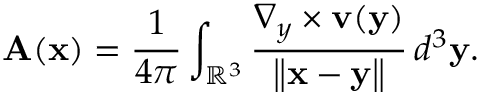
\mathbf { A } ( \mathbf { x } ) = { \frac { 1 } { 4 \pi } } \int _ { \mathbb { R } ^ { 3 } } { \frac { \nabla _ { y } \times \mathbf { v } ( \mathbf { y } ) } { \left\| \mathbf { x } - \mathbf { y } \right\| } } \, d ^ { 3 } \mathbf { y } .